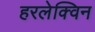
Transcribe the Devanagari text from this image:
हरलेक्विन